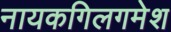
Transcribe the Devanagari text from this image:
नायकगिलगमेश